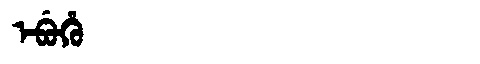
Manchu: ᡝᠪᡠᡥᡠ
Romanization: EBUHU